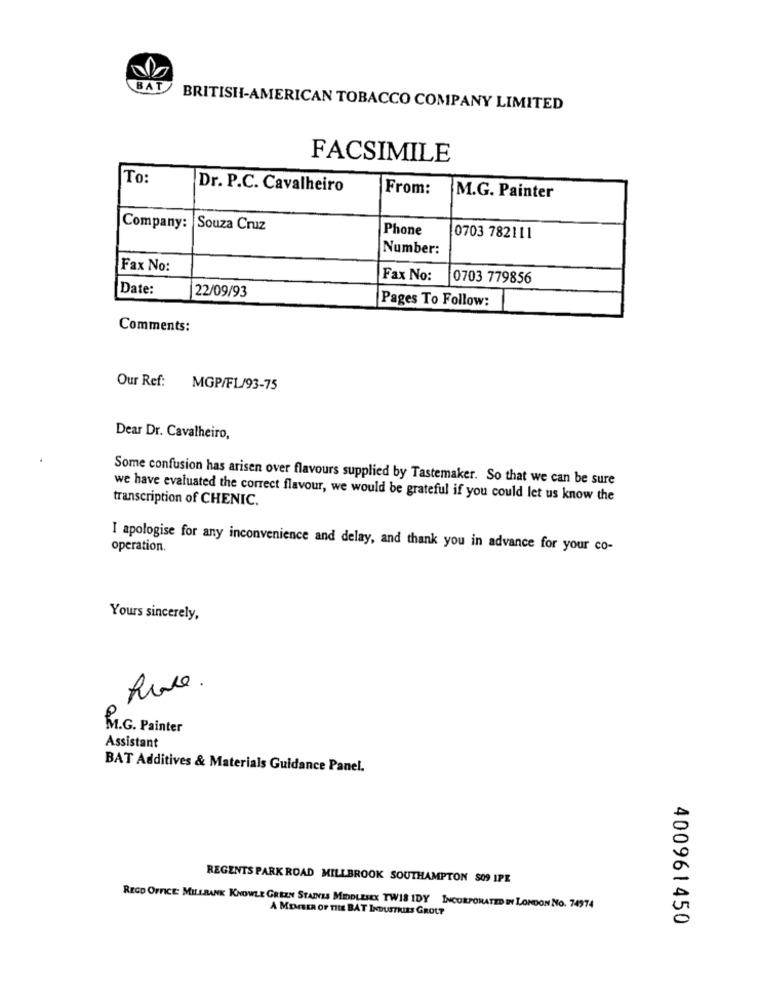
BAT BRITISH-AMERICAN TOBACCO COMPANY LIMITED
FACSIMILE
To:
Dr. P.C. Cavalheiro
From:
M.G. Painter
Company: Souza Cruz
Phone
0703 782111
Number:
Fax No:
Fax No:
0703 779856
Date:
22/09/93
Pages To Follow:
Comments:
Our Ref: MGP/FL/93-75
Dear Dr. Cavalheiro,
Some confusion has arisen over flavours supplied by Tastemaker. So that we can be sure
transcription of CHENIC.
we have evaluated the correct flavour, we would be grateful if you could let us know the
I apologise for any inconvenience and delay, and thank you in advance for your co-
operation.
Yours sincerely,
I.G. Painter
Assistant
BAT Additives & Materials Guidance Panel.
0
REGENTS PARK ROAD MILLBROOK SOUTHAMPTON $09 IPE
REGD OFFICE: MILLRANK KNOWLE GREEN STAINES MIDDLESEX TWIS IDY INCORPORATED IN LONDON NO. 74974
A MEMBER OF THE BAT INDUSTRIES GROUP
0
400961450